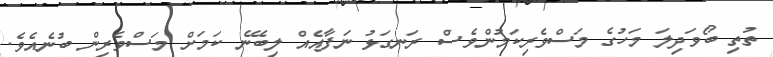
ތުތި ބޯވަދިލަ މަހުގެ މަސްވެރިކަމުންވެސް ރަނގަޅު ނަފާއެއް ލިބޭނެ ކަމަށް މަސްވެރިން ބުނެއެވެ.